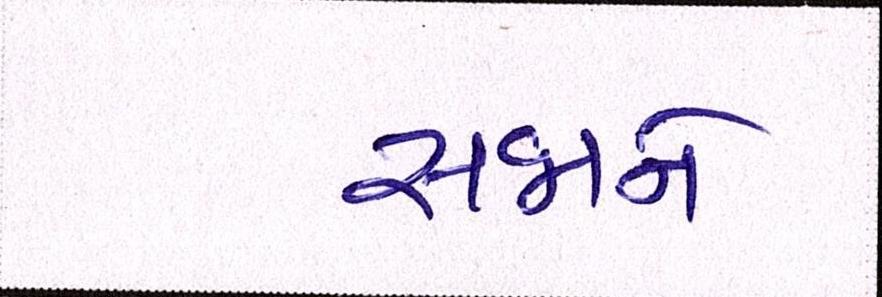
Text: સજાને